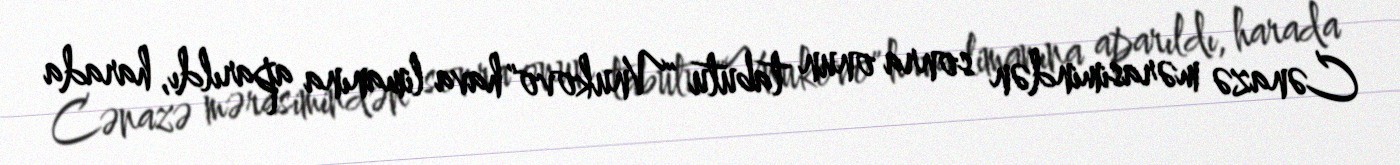
Cənazə mərasimindən sonra onun tabutu "Vnukovo" hava limanına aparıldı, harada